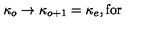
\kappa _ { o } \rightarrow \kappa _ { o + 1 } = \kappa _ { e } , \mathrm { f o r }